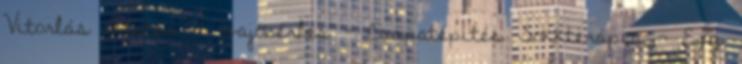
Vitorlás oktatás - Hajóbérlés - Csapatépítés Sokkterápia - Egy